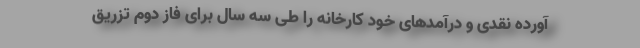
آورده نقدی و درآمدهای خود کارخانه را طی سه سال برای فاز دوم تزریق